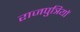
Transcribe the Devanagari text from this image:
राजपुत्रियों